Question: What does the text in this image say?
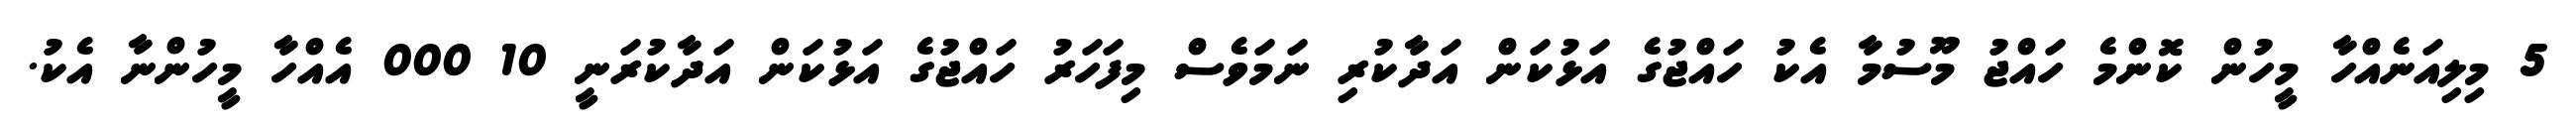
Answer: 5 މިލިއަނެއްހާ މީހުން ކޮންމެ ހައްޖު މޫސުމާ އެކު ހައްޖުގެ އަޅުކަން އަދާކުރި ނަމަވެސް މިފަހަރު ހައްޖުގެ އަޅުކަން އަދާކުރަނީ 10 000 އެއްހާ މީހުންނާ އެކު.